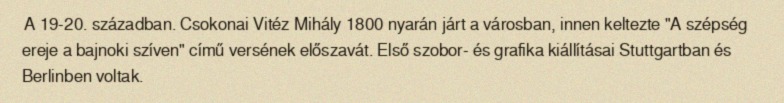
A 19-20. században. Csokonai Vitéz Mihály 1800 nyarán járt a városban, innen keltezte "A szépség ereje a bajnoki szíven" című versének előszavát. Első szobor- és grafika kiállításai Stuttgartban és Berlinben voltak.